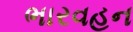
ભારવહન